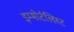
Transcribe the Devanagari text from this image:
इम्मोर्टलिस्ट